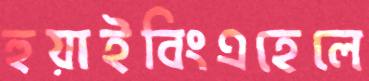
হুয়াইবিংএহেলে